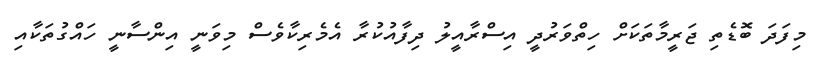
މިފަދަ ބޮޑެތި ޖަރީމާތަކަށް ހިތްވަރުދީ އިސްރާއީލު ދިފާއުކުރާ އެމެރިކާވެސް މިވަނީ އިންސާނީ ހައްގުތަކާއި